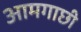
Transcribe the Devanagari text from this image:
आमगाछी